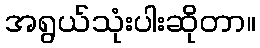
အရွယ်သုံးပါးဆိုတာ။